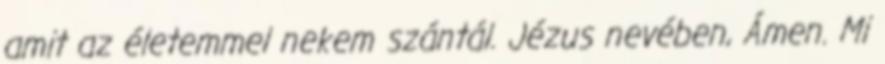
amit az életemmel nekem szántál. Jézus nevében, Ámen. Mi